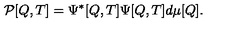
{ \cal P } [ Q , T ] = \Psi ^ { * } [ Q , T ] \Psi [ Q , T ] d \mu [ Q ] .